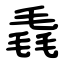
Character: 毳